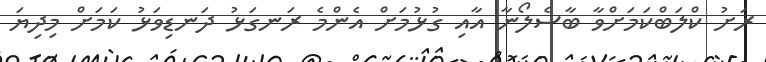
ރަށު ކްލަބްކަމަށްވާ ބާސެލޯނާ އާއި ގުޅުމަށް އެންމެ ރަނގަޅު ދަނޑިވަޅު ކަމަށް މިދިޔަ